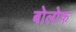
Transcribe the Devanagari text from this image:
बोलोफ